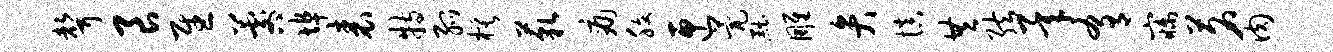
声良慰晷埠表特弧模藐痛腹匣甍黜雕弁慎共弦承肴寐茗肉